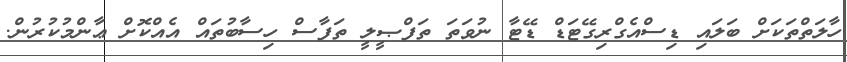
ހާލަތްތަކަށް ބަލައި ޑިސްއެގްރިގޭޓަޑް ޑޭޓާ ނުވަތަ ތަފްޞީލީ ތަފާސް ހިސާބުތައް އެއްކޮށް ޢާންމުކުރުން.